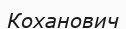
Коханович